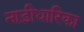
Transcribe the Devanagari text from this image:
नाड़ीधारिका